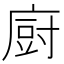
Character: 𢊍